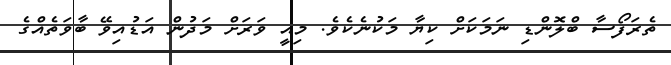
ތެރަފޯސާ ބްލޮންޑި ނަމަކަށް ކިޔާ މަކުނެކެވެ. މިއީ ވަރަށް މަދުން އަޑުއިވޭ ބާވަތެއްގެ